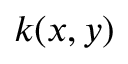
k ( x , y )